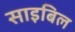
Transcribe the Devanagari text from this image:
साइबिल